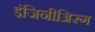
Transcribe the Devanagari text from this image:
इंजिनीअिरग